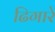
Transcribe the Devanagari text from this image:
ढिगारे